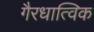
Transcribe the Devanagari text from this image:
गैरधात्विक